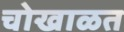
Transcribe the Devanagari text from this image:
चोखाळत